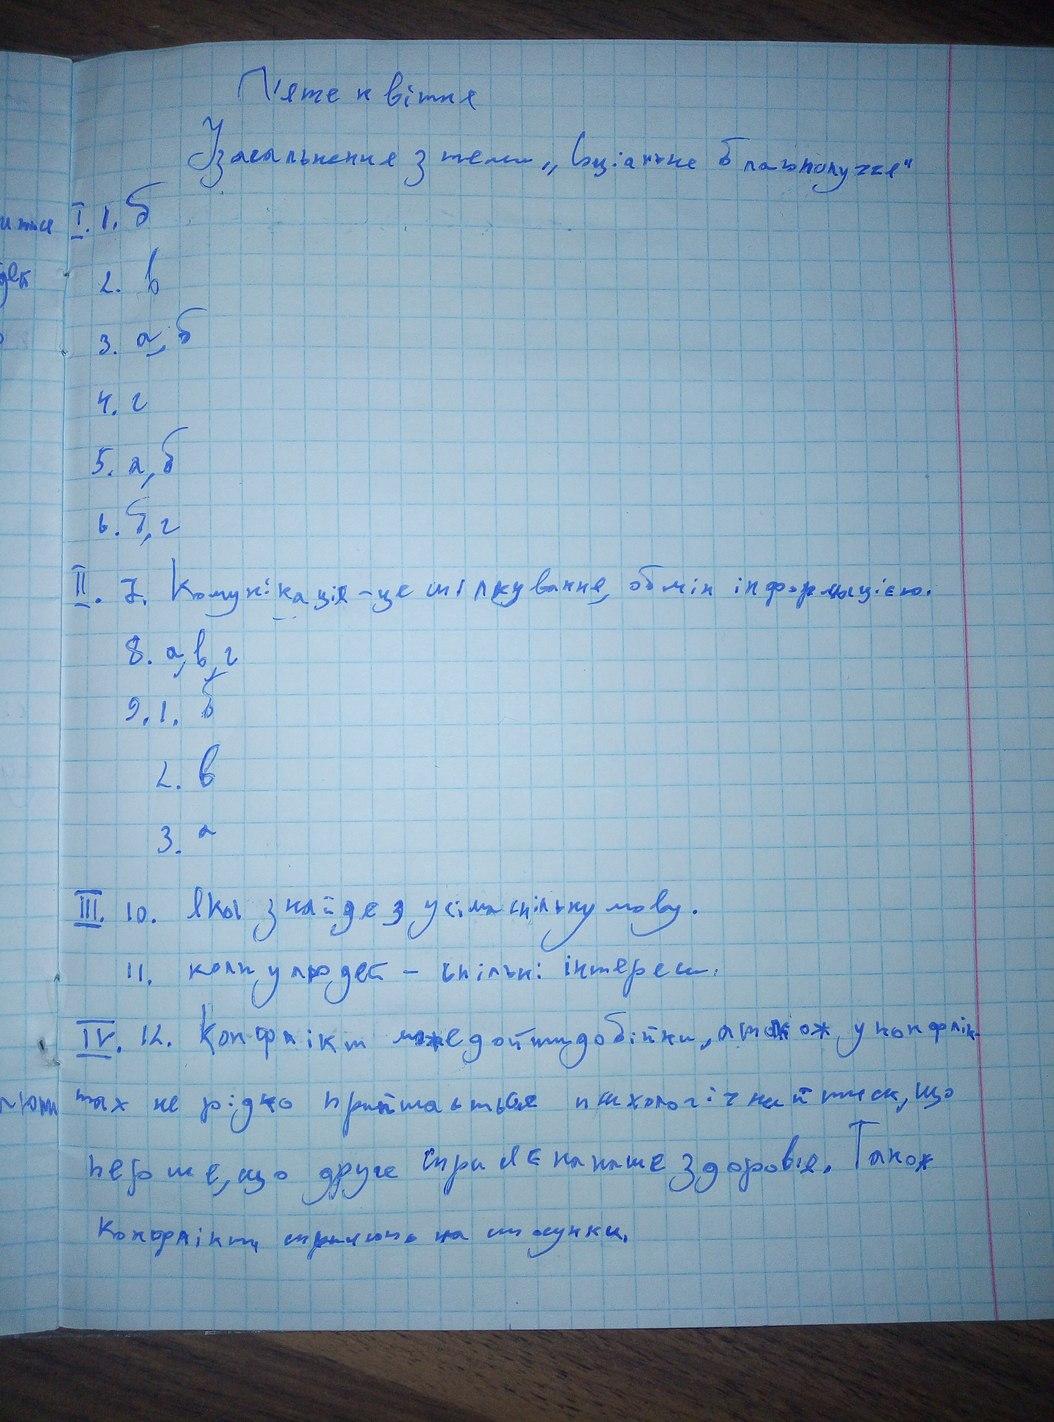
П'яте квітня
Узагальнення з теми „Соціальне благополуччя“
I. 1.б
2. в
3. a, б
4.г
5. а, б
6. б, г
II. 7. Комунікація - це спілкування, обмін інформацією.
8. a, в, г
9. 1. б
2. в
3. a
ІІІ. 10. Яка знайде з усіма спільну мову
11. коли у людей - спільні інтереси.
IV. 12. Конфлікт може дойти до бійки, а також у конфлік-
тах не рідко приймається психологічний тиск, що
перше, що друге сприяє на наше здоров'я. Також
Конфлікт сприяють на стосунки.